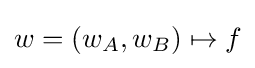
w=(w_{A},w_{B})\mapsto f